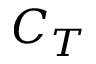
C _ { T }